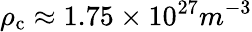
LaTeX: \rho_{\mathrm{c}}\approx 1.75\times 10^{27}m^{-3}